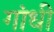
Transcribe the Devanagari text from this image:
गांंधी